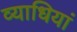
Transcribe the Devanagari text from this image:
व्‍याधियां